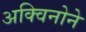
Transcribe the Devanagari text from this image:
अक्विनोने